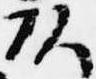
頭